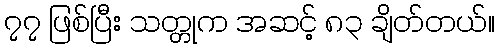
၇၇ ဖြစ်ပြီး သတ္တုက အဆင့် ၈၃ ချိတ်တယ်။